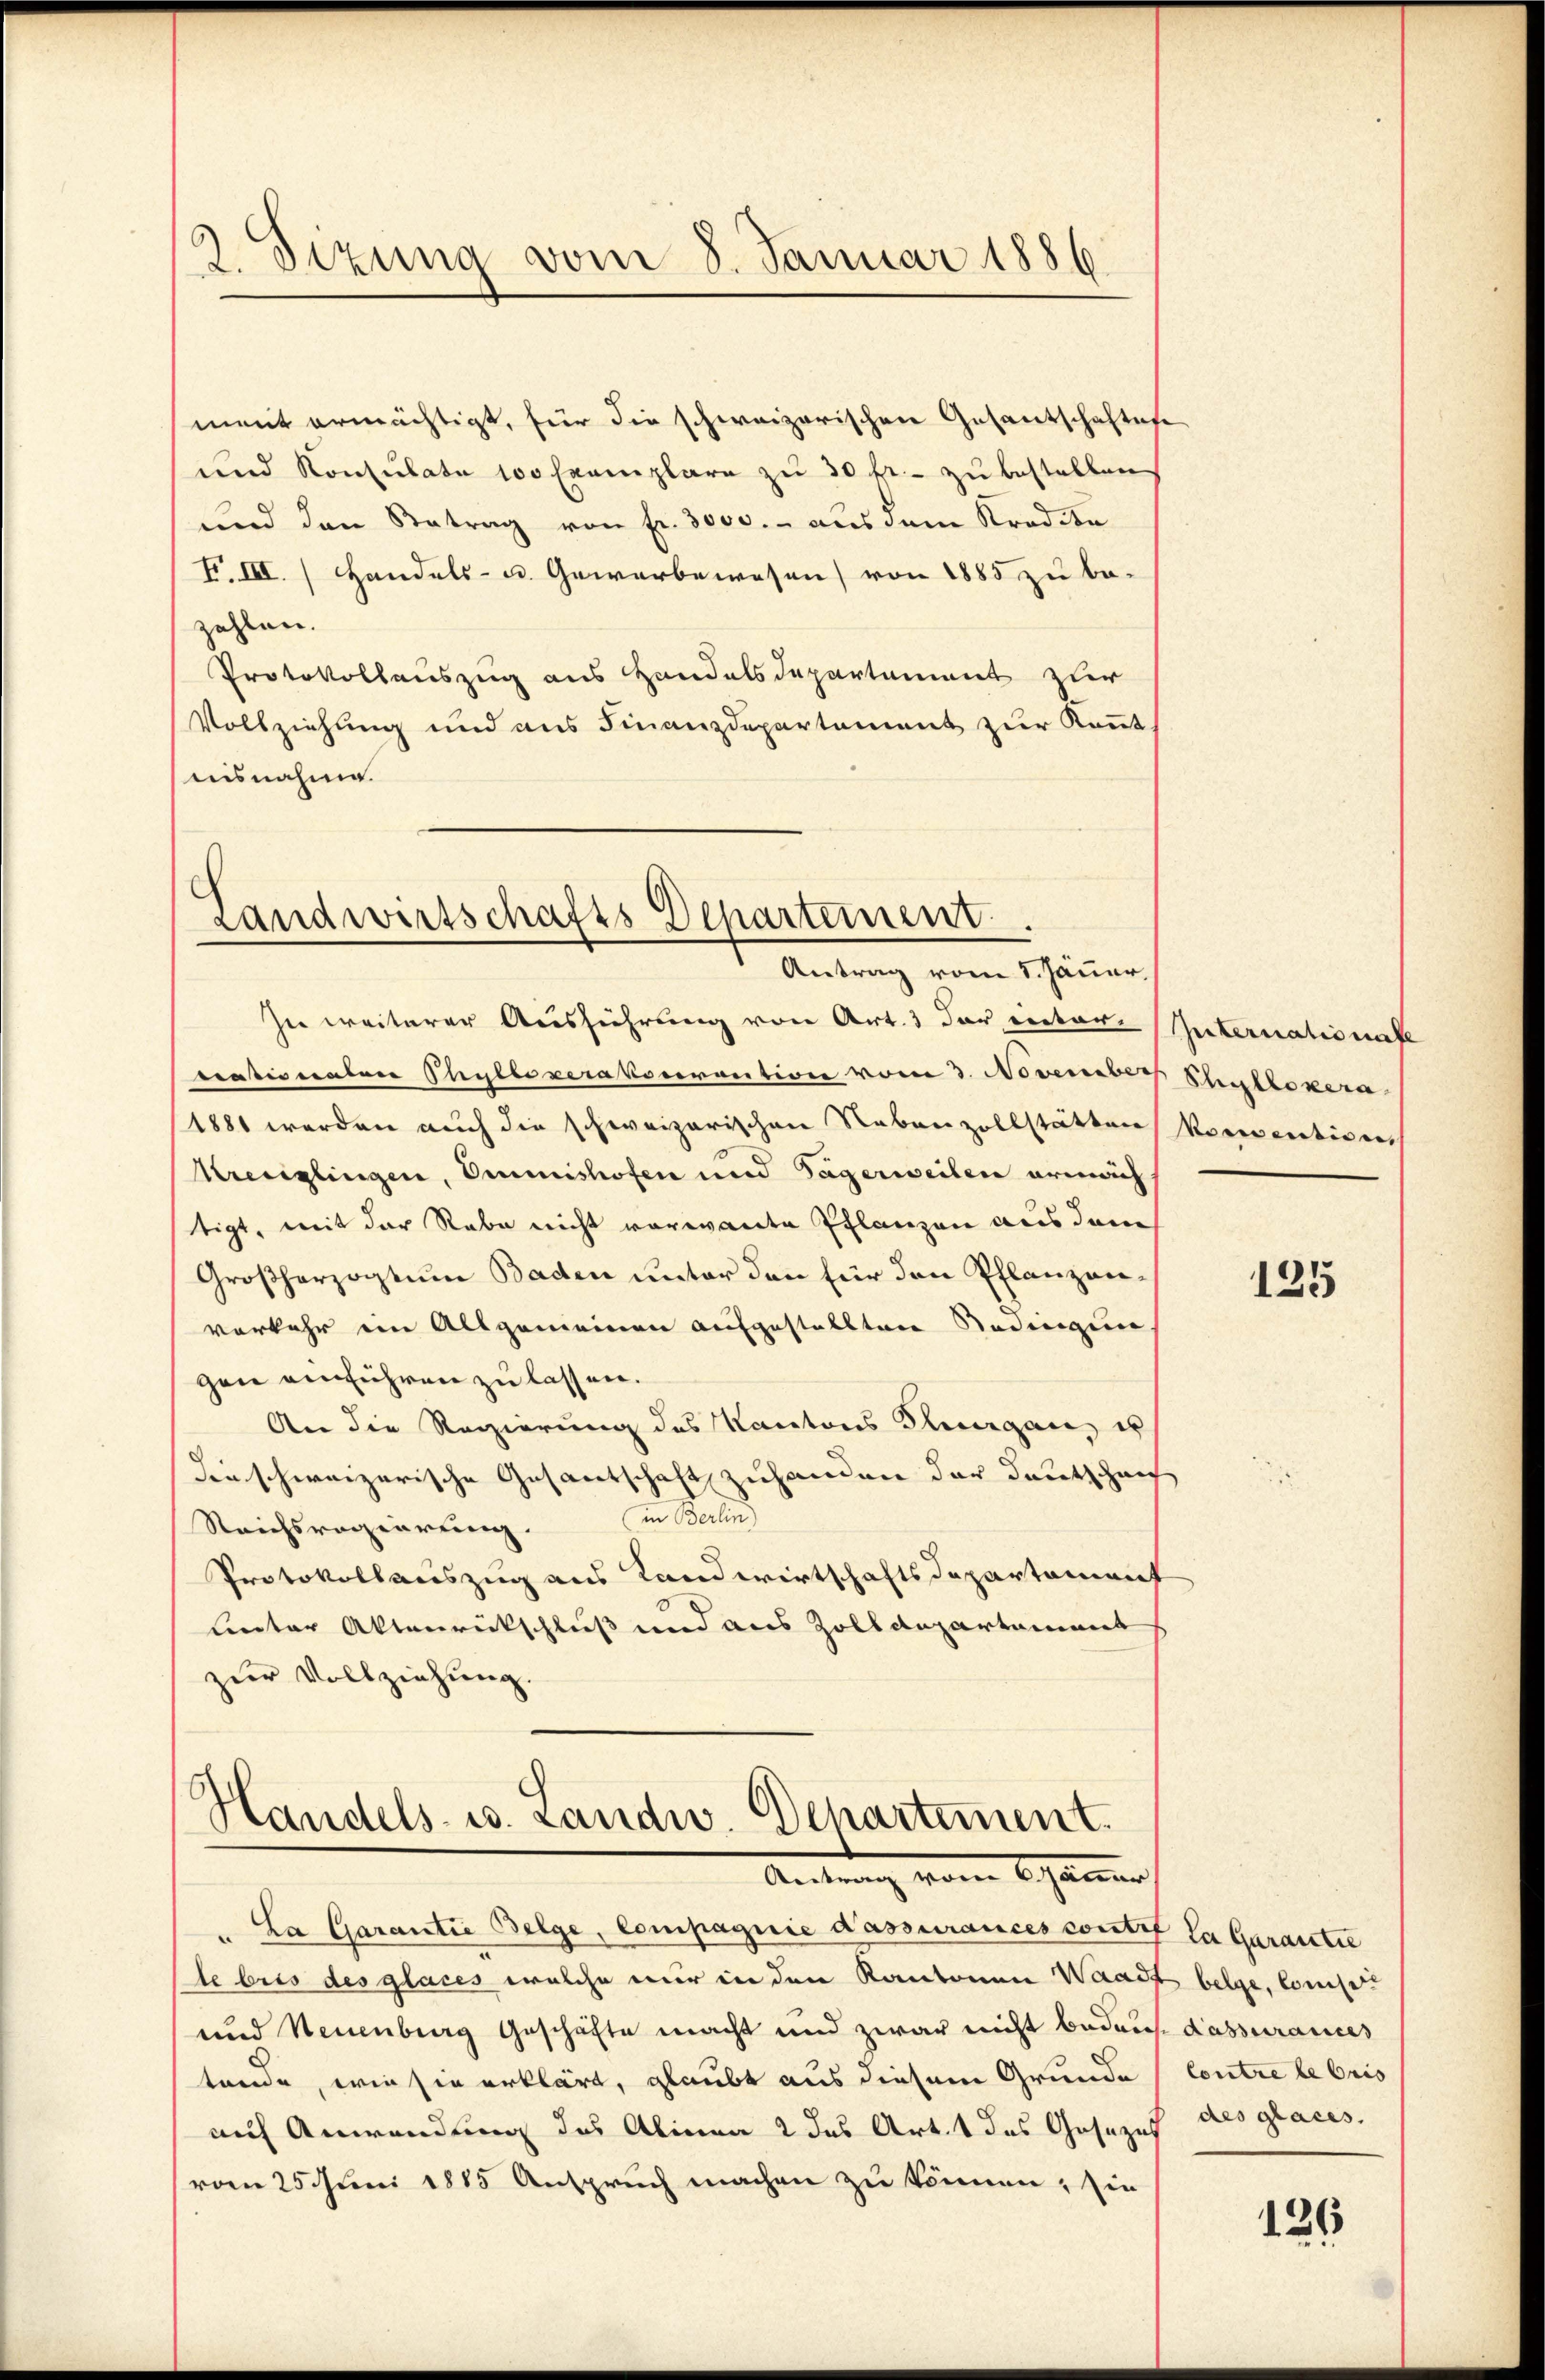
2Sizung vom 8. Januar 1886

ment ermächtigt, für die schweizerischen Gesantschaftes
und Konsulate 100 Exemplare zu 30 fr. - zu bestellen.
und den Betrag von fr. 3000.- aus dem Kredite
F. III. Handels- u. Gewerbewesen) von 1885 zu be-
zahlen.
Protokollauszug aus Handelsdepartement zur
Vollziehung und aus Finanzdepartement zur Kennt.
aisnahme.

Landwirtschafts Departement.
Antrag vom 1. Jäner,

Handels- u. Landw. Dchartement
Janer

La Garantie Folge, Compagnie d’assurances contre la Garantie
le bris des glaces welche nur in den Kantonen Waadt beige, komiser
und Neuenburg Geschäfte macht und zwar nicht bedarf dassurances
tende, wie sie erklärt, glaubt aus diesem Grunde
auch Anwendung des Alinea 2 das Art. 1 des Gesezes des glaces.
vom 25. Juni 1885 Anspruch machen zu können; sie

Zu weiterer Ausführung von Art. 3 der inter-Paternationate
trationalen Phyllezerakoevention vom 3. November Styllokera
1881 werden auch die schweizerischen Nebenzollstätten Vorrentions
Krediglingen, Emmnishofen und Tagerweilen armach
stigt, mit der Rabe nicht vorwante Pflanzen aus dem
Großherzogtum Baden unter den für den Pflanzenverkehr ein Allgemeinen aufgestellten Bedingun
gen einführen zu lassen.
An die Regierung des Kantons Thurgau, es
die schweizerische Gesantschaft zuhanden der Deutschrich
i Fran
Reichsregierung.
Protokollauszug aus Landwirtschaftsdepartement
unter Aktenrückschluß und aus Zolldepartament
zur Vollziehung.

125

Contre le bris

126